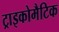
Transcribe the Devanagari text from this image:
ट्राइकोमैटिक